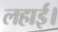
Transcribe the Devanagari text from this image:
लहाई।